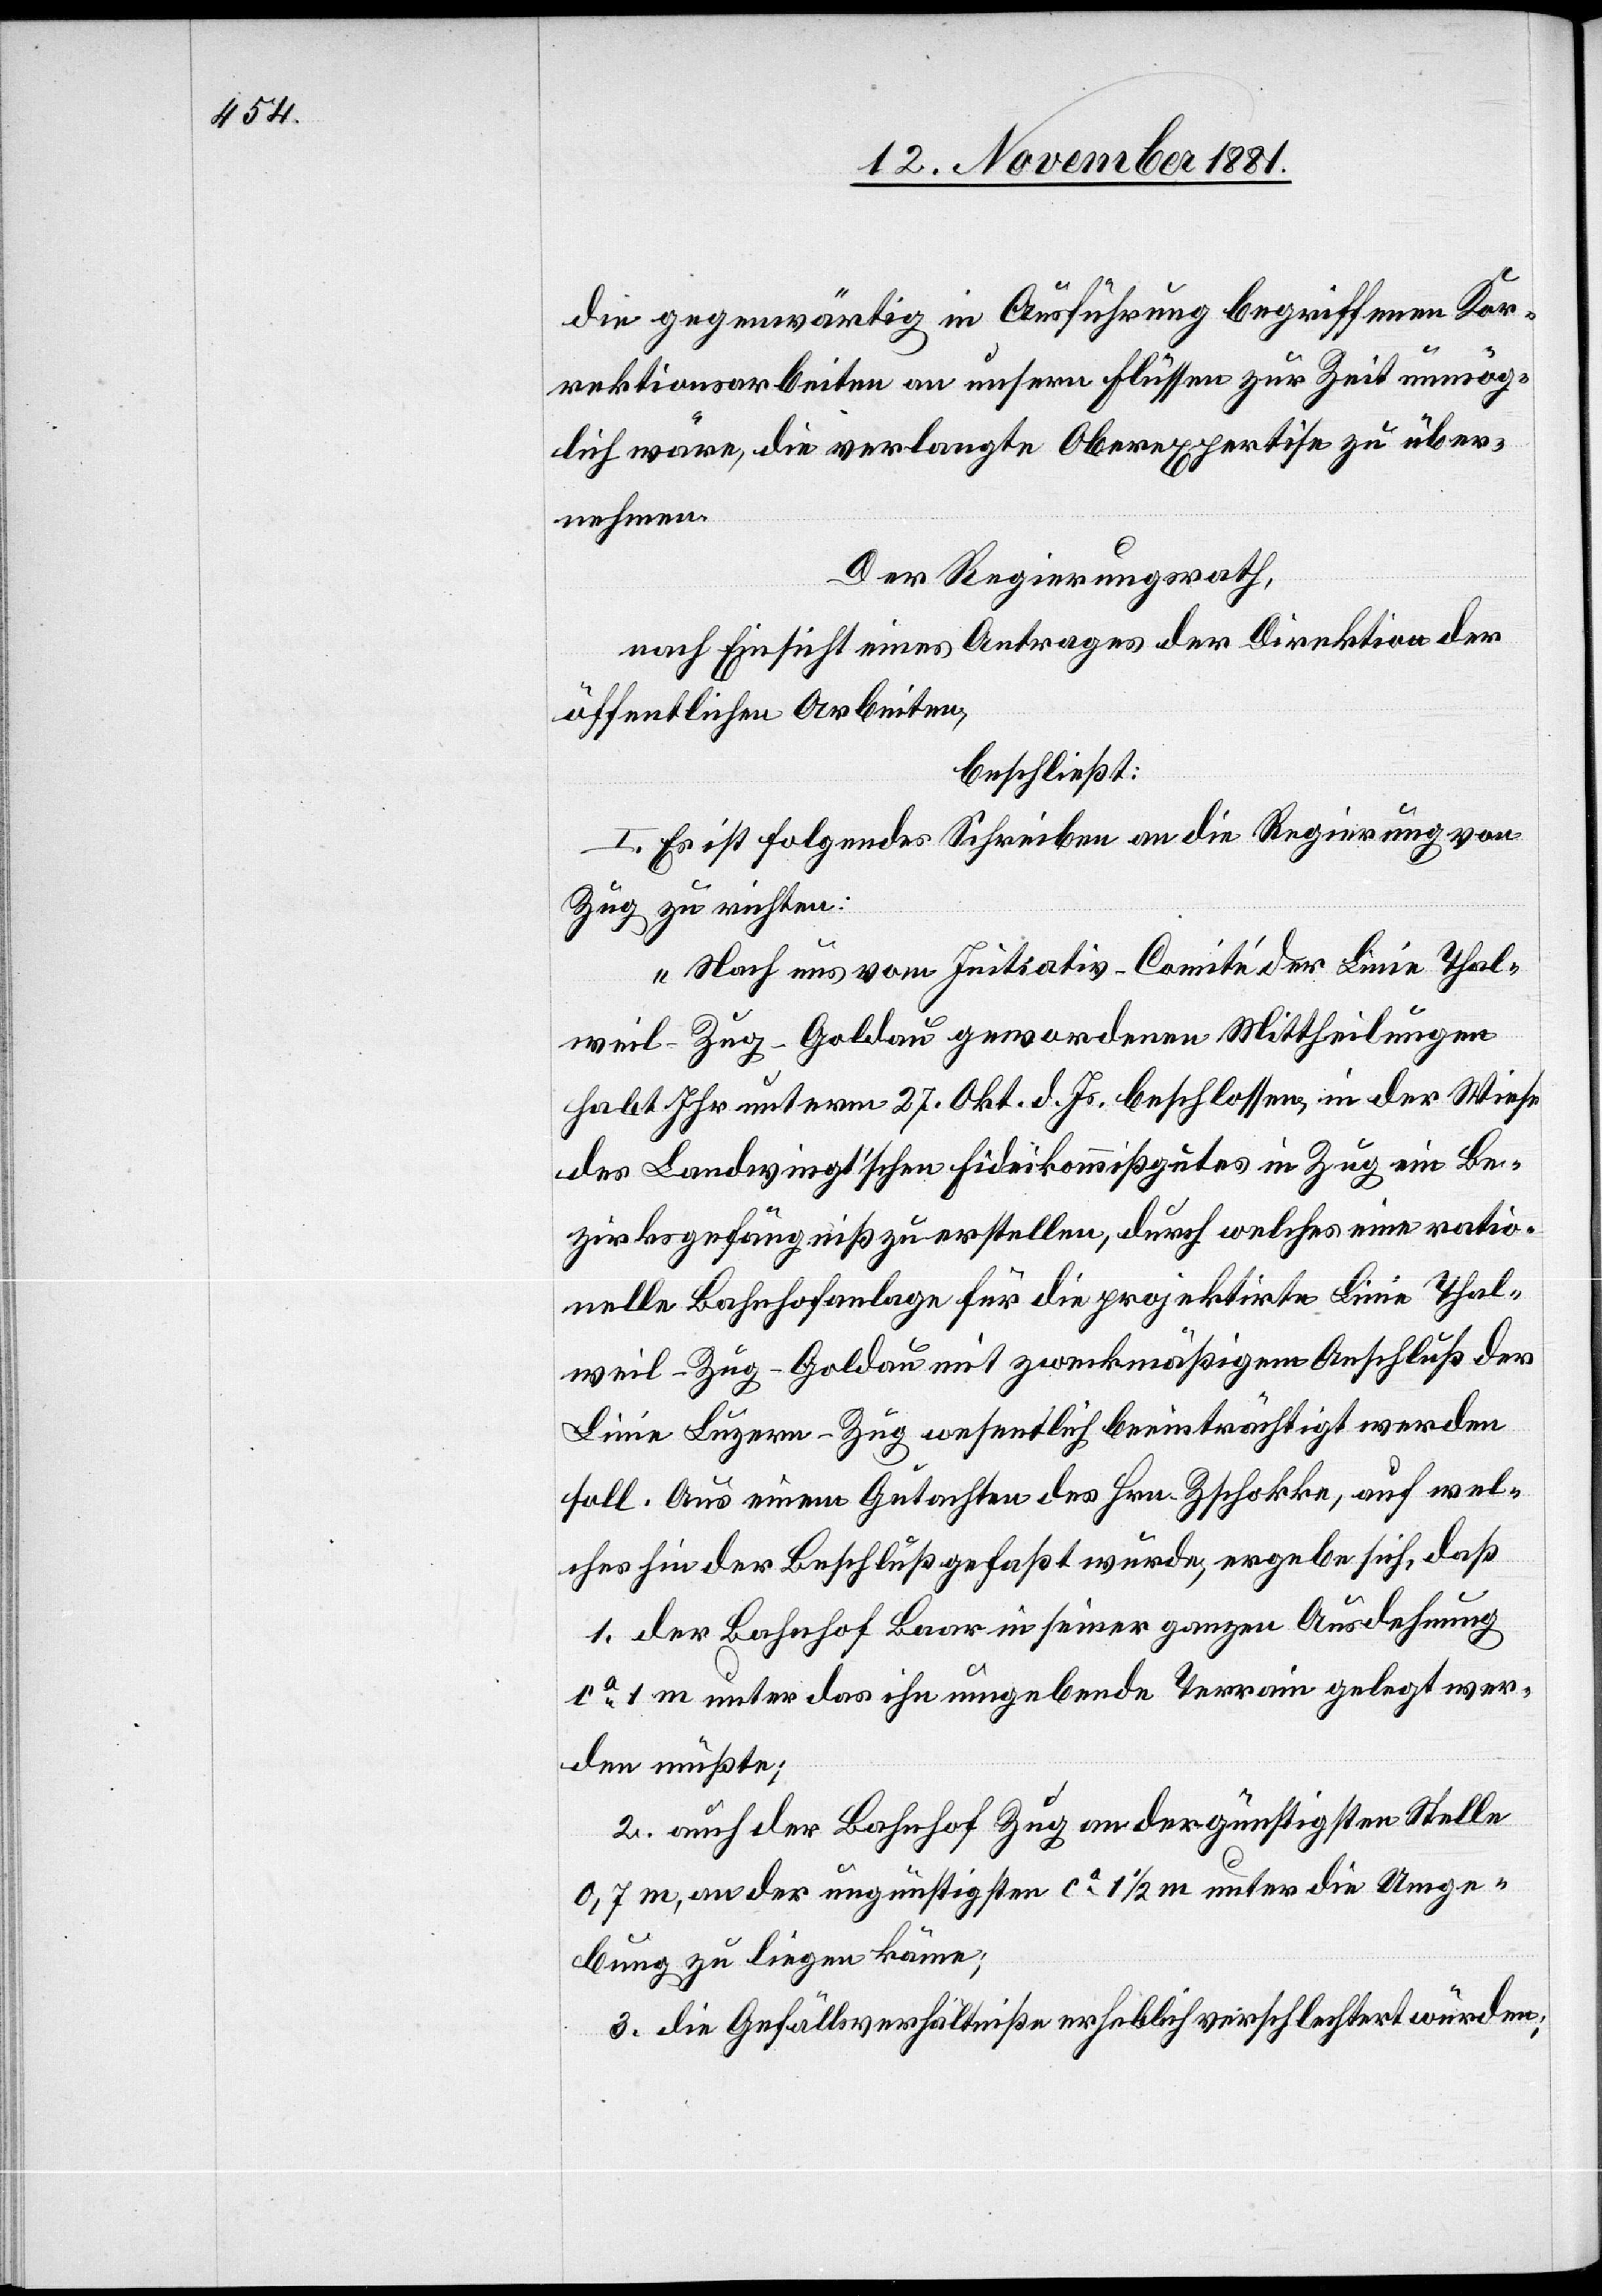
die gegenwärtig in Ausführung begriffenen Kor¬
rektionsarbeiten an unsern Flüssen zur Zeit unmög¬
lich wäre, die verlangte Oberexpertise zu über¬
nehmen.
Der Regierungsrath,
nach Einsicht eines Antrages der Direktion der
öffentlichen Arbeiten,
beschließt:
I. Es ist folgendes Schreiben an die Regierung von
Zug zu richten:
„Nach uns vom Initiativ-Comité der Linie Thal¬
weil–Zug–Goldau gewordenen Mittheilungen
habt Ihr unterm 27. Okt. d. Js. beschlossen, in der Weise
des Landwingt’schen Fideikommißgutes in Zug ein Be¬
zirksgefängniß zu erstellen, durch welches eine ratio¬
nelle Bahnhofanlage für die projektirte Linie Thal¬
weil–Zug–Goldau mit zweckmäßigem Anschluß der
Linie Luzern–Zug wesentlich beeinträchtigt werden
soll. Aus einem Gutachten des Hrn. Zschokke, auf wel¬
ches hin der Beschluß gefaßt wurde, ergebe sich, daß
1. der Bahnhof Baar in seiner ganzen Ausdehnung
ca 1 m unter das ihn umgebende Terrain gelegt wer¬
den müßte;
2. auch der Bahnhof Zug an der günstigsten Stelle
0,7 m, an der ungünstigsten ca 1 1/2 m unter die Umge¬
bung zu liegen käme;
3. die Gefällsverhältniße erheblich verschlechtert würden;